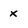
Character: x